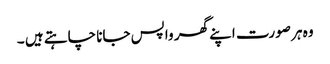
وہ ہر صورت اپنے گھر واپس جانا چاہتے ہیں ۔